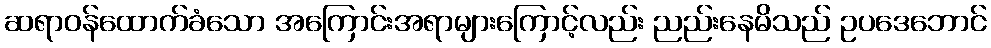
ဆရာဝန်ထောက်ခံသော အကြောင်းအရာများကြောင့်လည်း ညည်းနေမိသည် ဥပဒေဘောင်